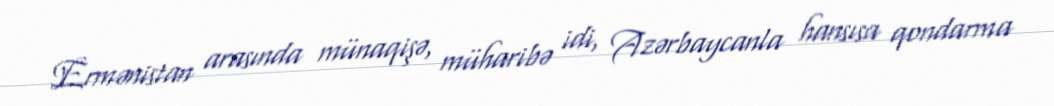
Ermənistan arasında münaqişə, müharibə idi, Azərbaycanla hansısa qondarma